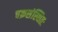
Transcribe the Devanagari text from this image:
चक्रसंस्थितः